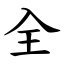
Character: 全